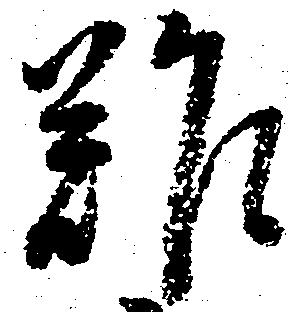
難